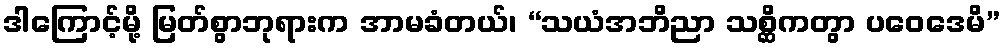
ဒါကြောင့်မို့ မြတ်စွာဘုရားက အာမခံတယ်၊ “သယံအဘိညာ သစ္ဆိကတွာ ပဝေဒေမိ”